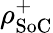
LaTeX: \rho_{\mathrm{SoC}}^{+}